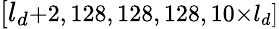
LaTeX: [l_{d}\small{+}2,128,128,128,10\small{\times}l_{d}]